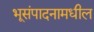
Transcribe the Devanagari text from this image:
भूसंपादनामधील